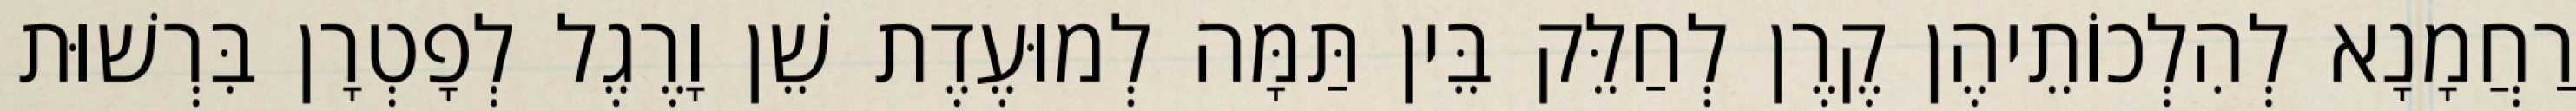
רַחֲמָנָא לְהִלְכוֹתֵיהֶן קֶרֶן לְחַלֵּק בֵּין תַּמָּה לְמוּעֶדֶת שֵׁן וָרֶגֶל לְפָטְרָן בִּרְשׁוּת